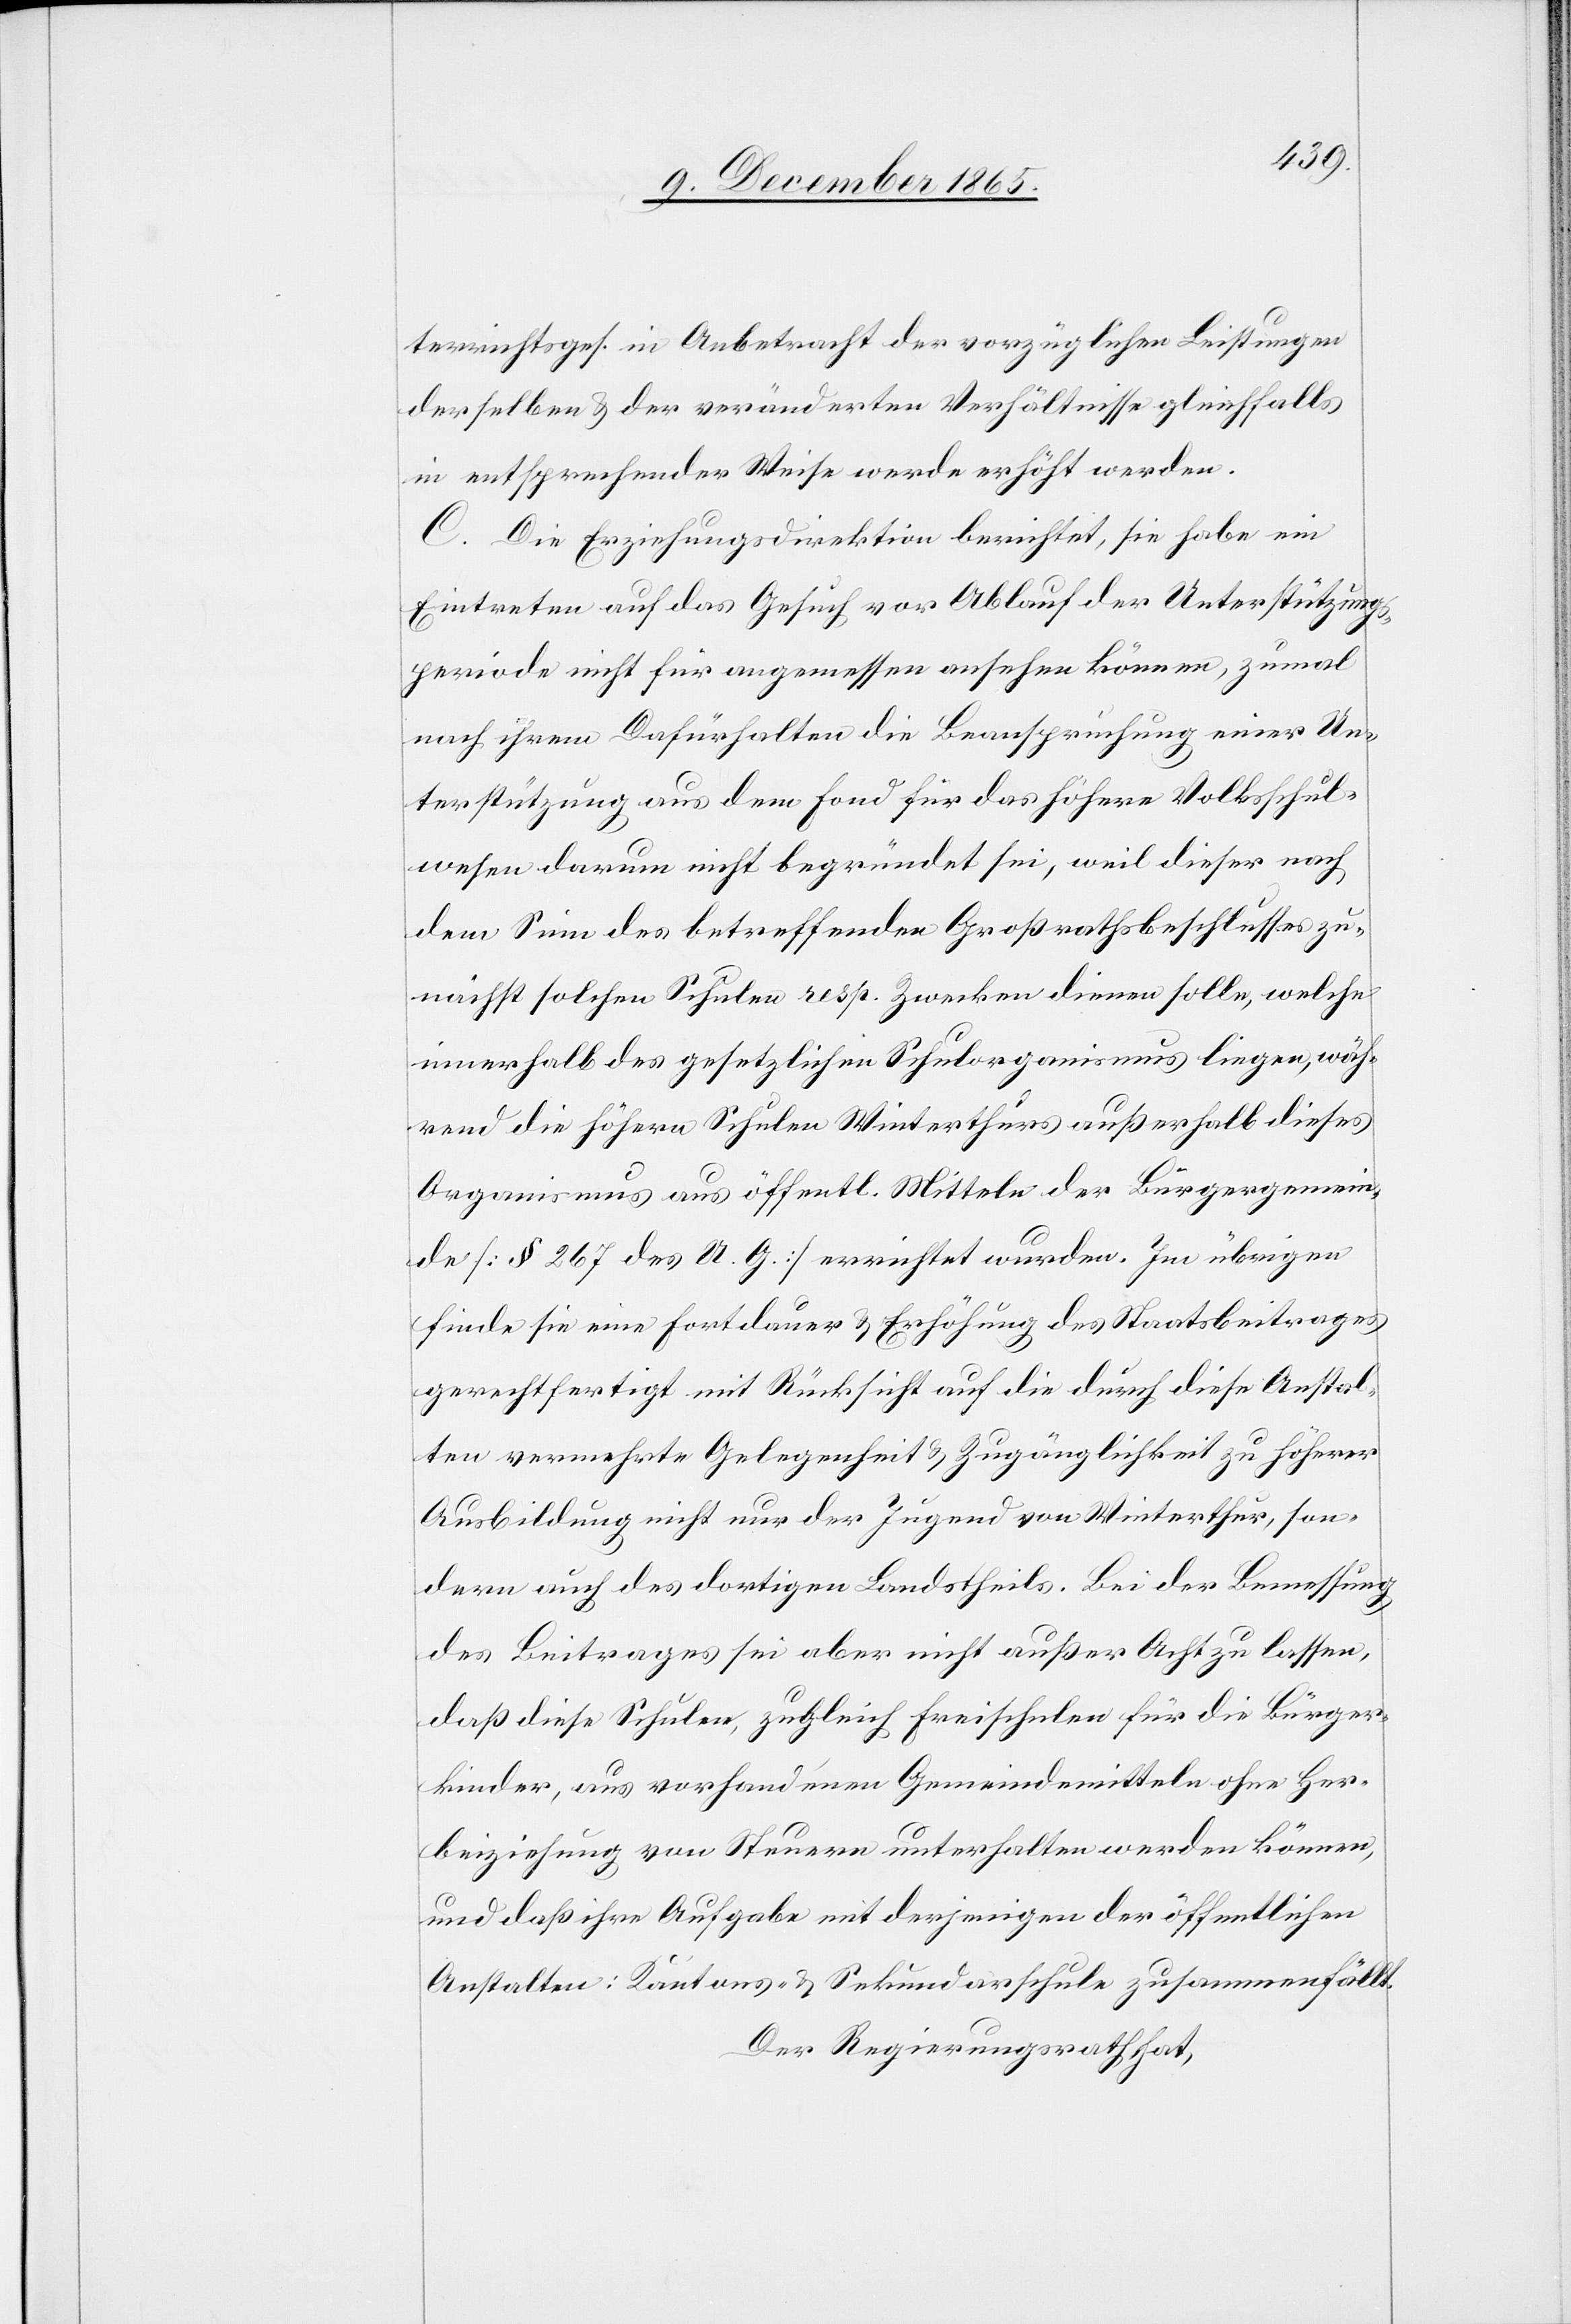
terrichtsges. in Anbetracht der vorzüglichen Leistungen
derselben & der veränderten Verhältnisse gleichfalls
in entsprechender Weise werde erhöht werden.
C. Die Erziehungsdirektion berichtet, sie habe ein
Eintreten auf das Gesuch vor Ablauf der Unterstützungs¬
periode nicht für angemessen ansehen können, zumal
nach ihrem Dafürhalten die Beanspruchung einer Un¬
terstützung aus dem Fond für das höhere Volksschul¬
wesen darum nicht begründet sei, weil dieser nach
dem Sinn des betreffenden Großrathsbeschlusses zu¬
nächst solchen Schulen resp. Zwecken dienen solle, welche
innerhalb des gesetzlichen Schulorganismus liegen, wäh¬
rend die höhern Schulen Winterthurs außerhalb dieses
Organismus aus öffentl. Mitteln der Bürgergemein¬
de [§ 267 des U. G.] errichtet wurden. Im übrigen
finde sie eine Fortdauer & Erhöhung des Staatsbeitrages
gerechtfertigt mit Rücksicht auf die durch diese Anstal¬
ten vermehrte Gelegenheit & Zugänglichkeit zu höherer
Ausbildung nicht nur der Jugend von Winterthur, son¬
dern auch des dortigen Landstheils. Bei der Bemessung
des Beitrages sei aber nicht außer Acht zu lassen,
daß diese Schulen, zugleich Freischulen für die Bürger¬
kinder, aus vorhandenen Gemeindemitteln ohne Her¬
beiziehung von Steuern unterhalten werden können,
und daß ihre Aufgabe mit derjenigen der öffentlichen
Anstalten: Kantons- & Sekundarschule zusammenfällt.
Der Regierungsrath hat,